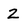
Character: z